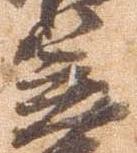
笠